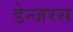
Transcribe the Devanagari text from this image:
डेन्जरस